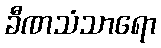
ခီဏသံသာရော